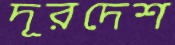
দূরদেশ